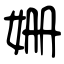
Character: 姗